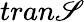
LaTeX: tran\mathscr{S}